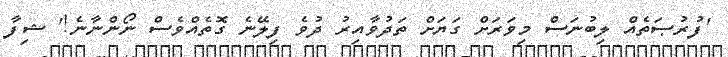
'ފުރުޞަތެއް ލިބުނަސް މިވަރަށް ގަޔަށް ތަދުވާއިރު ދުވެ ފިލޭނެ ގޮތެއްވެސް ނޯންނާނެ!' ޝިފާ